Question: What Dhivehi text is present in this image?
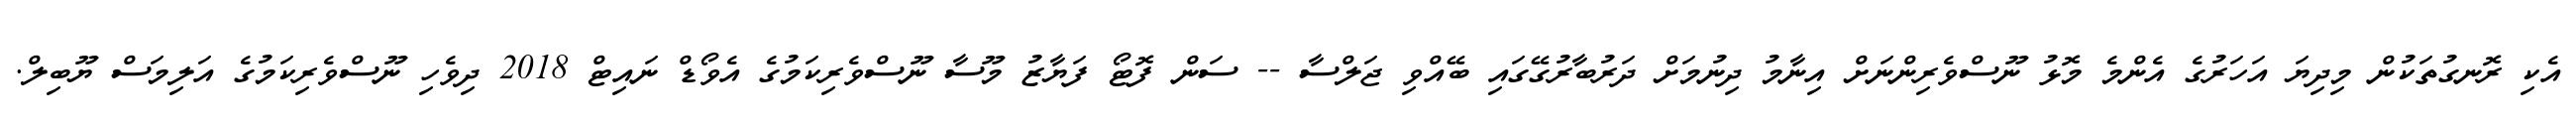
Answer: އެކި ރޮނގުތަކުން މިދިޔަ އަހަރުގެ އެންމެ މޮޅު ނޫސްވެރިންނަށް އިނާމު ދިނުމަށް ދަރުބާރުގޭގައި ބޭއްވި ޖަލްސާ -- ސަން ފޮޓޯ ފަޔާޒު މޫސާ ނޫސްވެރިކަމުގެ އެވޯޑް ނައިޓް 2018 ދިވެހި ނޫސްވެރިކަމުގެ އަލިމަސް ޔޫބިލް.